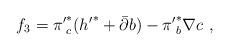
LaTeX: \begin{align*}f_3={\pi '}^*_c({h '}^*+{\bar \partial} b)-{\pi '}^*_b\nabla c\ ,\end{align*}